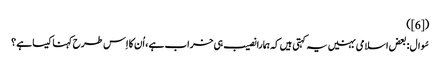
([6])
سُوال : بعض اسلامی بہنیں یہ کہتی ہیں کہ ہمارا نصیب ہی خراب ہے ، اُن کا اِس طرح کہنا کیسا ہے ؟